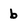
Character: b